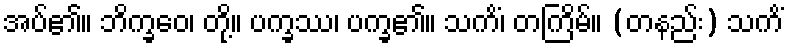
အပ်၏။ ဘိက္ခဝေ၊ တို့။ ပက္ခဿ၊ ပက္ခ၏။ သကိံ၊ တကြိမ်။ (တနည်း) သကိံ